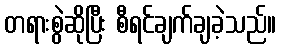
တရားစွဲဆိုပြီး စီရင်ချက်ချခဲ့သည်။